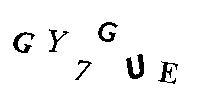
GY7GUE